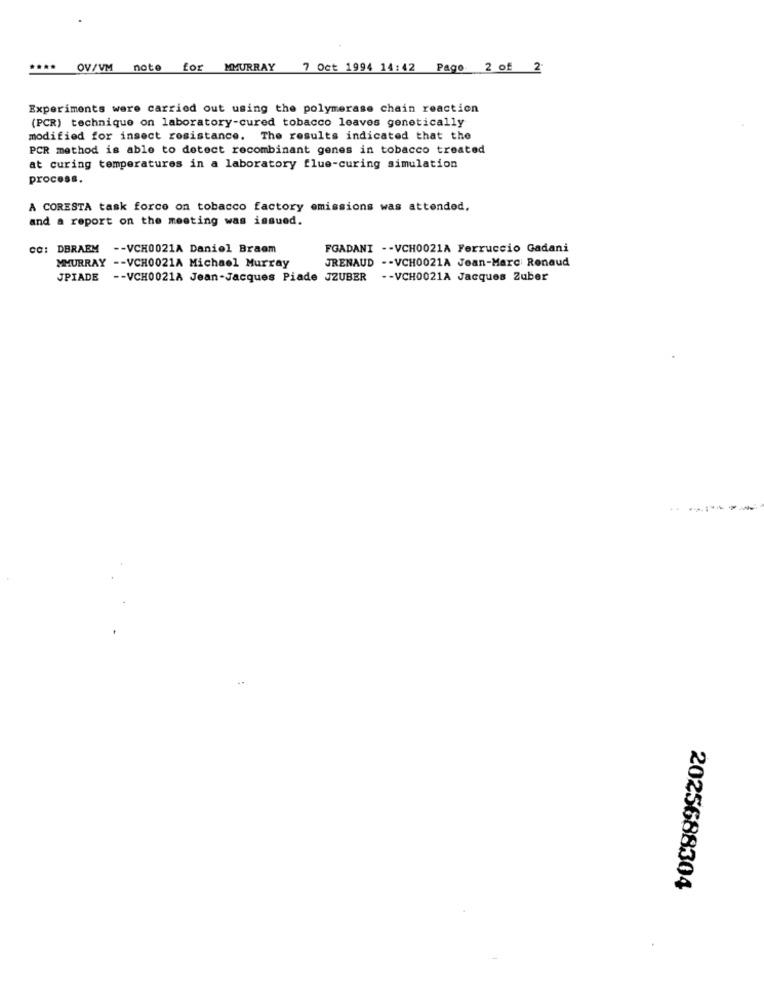
****
OV/VM
note for NMURRAY 7 Oct 1994 14:42 Pago 2 of 2.
Experiments were carried out using the polymerase chain reaction
(PCR) technique on laboratory-cured tobacco leaves genetically
modified for insect resistance. The results indicated that the
PCR method is able to detect recombinant genes in tobacco treated
at curing temperatures in a laboratory flue-curing simulation
process.
A CORESTA task force on tobacco factory emissions was attended,
and a report on the meeting was issued.
CC: DBRAEM -- VCH0021A Daniel Braem
FGADANI -- VCH0021A Ferruccio Gadani
JRENAUD -- VCH0021A Jean-Marc Renaud
MMURRAY -- VCH0021A Michael Murray
JPIADE -- VCH0021A Jean-Jacques Piade JZUBER
-- VCH0021A Jacques Zuber
2025688304